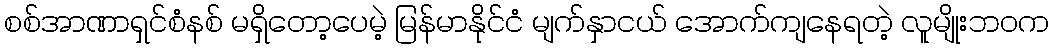
စစ်အာဏာရှင်စံနစ် မရှိတော့ပေမဲ့ မြန်မာနိုင်ငံ မျက်နှာငယ် အောက်ကျနေရတဲ့ လူမျိုးဘဝက